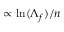
\propto \mathrm { l n } ( \Lambda _ { f } ) / n